Annual administration report of the Civil Veterinary Department of India - 1895-1896
Year: 1895
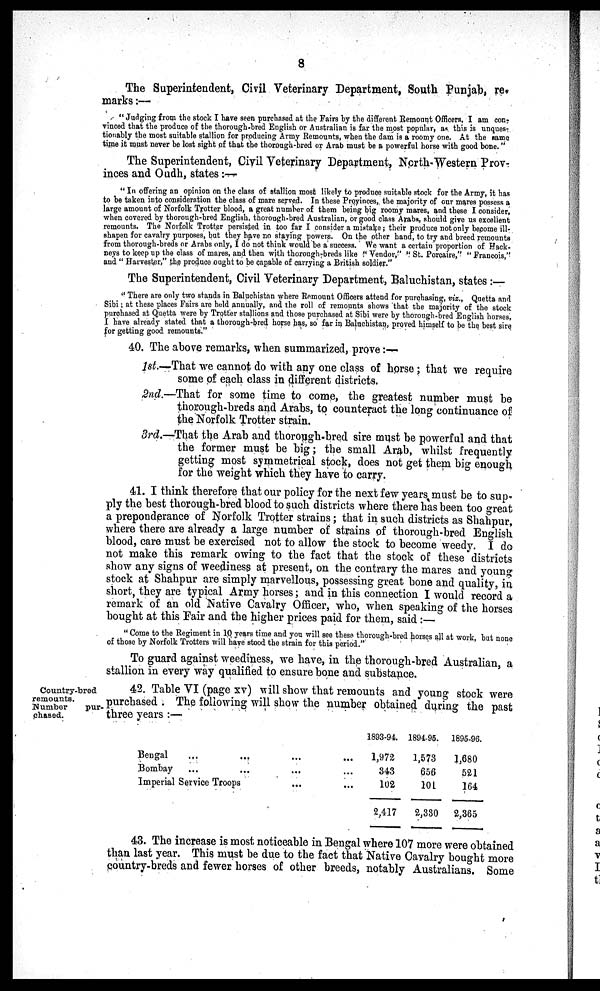
8
The Superintendent, Civil Veterinary Department, South Punjab, re
marks:—
"Judging from the stock I have seen purchased at the Fairs by the different Remount Officers, I am con-
vinced that the produce of the thorough-bred English or Australian is far the most popular, as this is unques-
tionably the most suitable stallion for producing Army Remounts, when the dam is a roomy one. At the same
time it must never be lost sight of that the thorough-bred or Arab must be a powerful horse with good bone."
The Superintendent, Civil Veterinary Department, North Western Prov-
inces and Oudh, states:—
"In offering an opinion on the class of stallion most likely to produce suitable stock for the Army, it has
to be taken into consideration the class of mare served. In these Provinces, the majority of our mares possess a
large amount of Norfolk Trotter blood, a great number of them being big roomy mares, and these I consider,
when covered by thorough-bred English, thorough-bred Australian, or good class Arabs, should give us excellent
remounts. The Norfolk Trotter persisted in too far I consider a mistake; their produce not only become ill-
shapen for cavalry purposes, but they have no staying powers. On the other hand, to try and breed remounts
from thorough-breds or Arabs only, I do not think would be a success. We want a certain proportion of Hack-
neys to keep up the class of mares, and then with thorough-breds like "Vendor," "St. Porcaire," "Francois,"
and "Harvester," the produce ought to be capable of carrying a British soldier."
The Superintendent, Civil Veterinary Department, Baluchistan, states:—
"There are only two stands in Baluchistan where Remount Officers attend for purchasing, viz., Quetta and
Sibi; at these places Fairs are held anuually, and the roll of remounts shows that the majority of the stock
purchased at Quetta were by Trotter stallions and those purchased at Sibi were by thorough-bred English horses.
I have already stated that a thorough-bred horse has, so far in Baluchistan, proved himself to be the best sire
for getting good remounts."
40. The above remarks, when summarized, prove:—
1st.—That we cannot do with any one class of horse; that we require
some of each class in different districts.
2nd.—That for some time to come, the greatest number must be
thorough-breds and Arabs, to counteract the long continuance of
the Norfolk Trotter strain.
3rd.—That the Arab and thorough-bred sire must be powerful and that
the former must be big; the small Arab, whilst frequently
getting most symmetrical stock, does not get them big enough
for the weight which they have to carry.
41. I think therefore that our policy for the next few years must be to sup-
ply the best thorough-bred blood to such districts where there has been too great
a preponderance of Norfolk Trotter strains; that in such districts as Shahpur,
where there are already a large number of strains of thorough-bred English
blood, care must be exercised not to allow the stock to become weedy. I do
not make this remark owing to the fact that the stock of these districts
show any signs of weediness at present, on the contrary the mares and young
stock at Shahpur are simply marvellous, possessing great bone and quality, in
short, they are typical Army horses; and in this connection I would record a
remark of an old Native Cavalry Officer, who, when speaking of the horses
bought at this Fair and the higher prices paid for them, said:—
"Come to the Regiment in 10 years time and you will see these thorough-bred horses all at work, but none
of those by Norfolk Trotters will have stood the strain for this period."
To guard against weediness, we have, in the thorough-bred Australian, a
stallion in every way qualified to ensure bone and substance.
Country-bred
remounts.
Number
pur-
chased.
42. Table VI (page xv) will show that remounts and young stock were
purchased. The following will show the number obtained during the past
three years:—
Bengal...
...
...
...
Bombay...
...
...
...
Imperial Service Troops...
...
1893-94.
1,972
343
102
2,417
1894-95.
1,573
656
101
2,330
1895-96.
1,680
521
164
2,365
43. The increase is most noticeable in Bengal where 107 more were obtained
than last year. This must be due to the fact that Native Cavalry bought more
country-breds and fewer horses of other breeds, notably Australians. Some